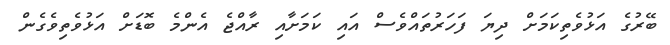
ބޭރުގެ އަޅުވެތިކަމަށް ދިޔަ ފަހަރުތައްވެސް އައި ކަމަށާއި ރާއްޖެ އެންމެ ބޮޑަށް އަޅުވެތިވެގެން